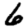
Digit: 6